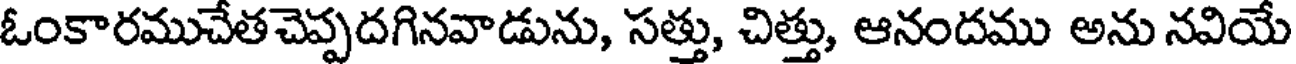
ఓంకారముచేతచెప్పదగినవాడును, సత్తు, చిత్తు, ఆనందము అను నవియే